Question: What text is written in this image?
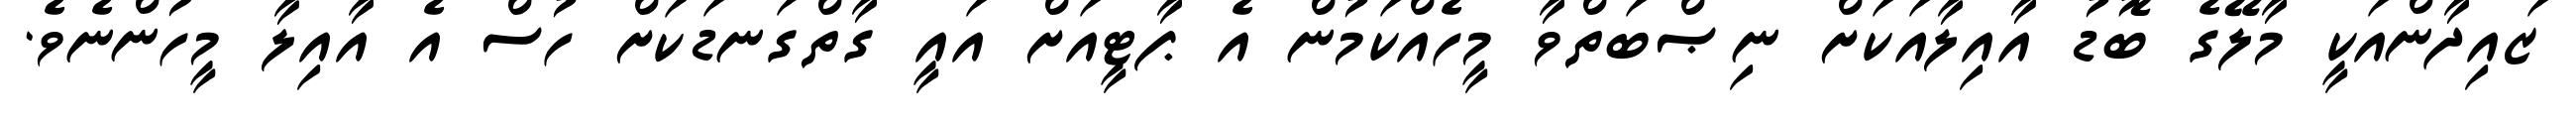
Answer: ޒައިދާންއަކީ މާލޭގެ ބޮޑު އާއިލާއަކަށް ނިޞްބަތްވާ މީހެއްކަމުން އެ ޕާޓީއަށް އައީ ގާތްގަނޑަކަށް ހުސް އެ އާއިލާ މީހުންނެވެ.